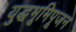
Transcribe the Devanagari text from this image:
युद्धभूमिपूजन